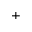
^ { + }